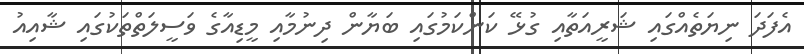
އެފަދަ ނިޔަތެއްގައި ޝަރީއަތާއި ގުޅޭ ކަންކަމުގައި ބަޔާން ދިނުމާއި މީޑިއާގެ ވަސީލަތްތަކުގައި ޝާއިއު